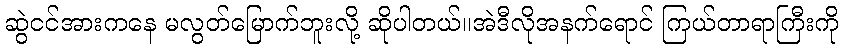
ဆွဲငင်အားကနေ မလွတ်မြောက်ဘူးလို့ ဆိုပါတယ်။အဲဒီလိုအနက်ရောင် ကြယ်တာရာကြီးကို